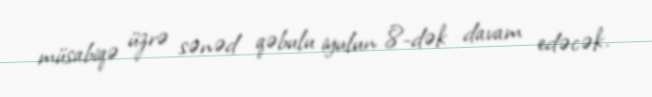
müsabiqə üzrə sənəd qəbulu iyulun 8-dək davam edəcək.